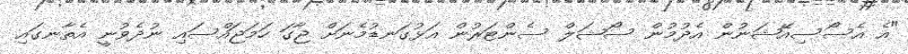
"އެ އެސޯސިއޭޝަނުން އެދުމުން ސޯޝަލް ސެންޓަރުން އަޅުގަނޑުމެނަށް ޖާގަ ހަމަޖައްސައި ނުދެވުނީ އެތާނގައި